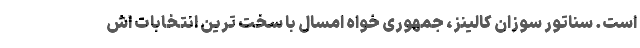
است. سناتور سوزان کالینز، جمهوری خواه امسال با سخت ترین انتخابات اش